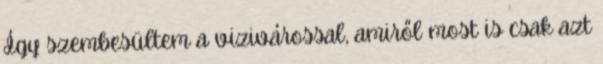
Így szembesültem a vizivárossal, amiről most is csak azt